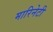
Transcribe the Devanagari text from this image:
मारिनेटी